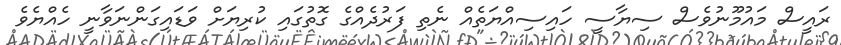
ރައީސް މައުމޫނުވެސް ސިޔާސީ ހައިސިއްޔަތެއް ނެތި ފަރުދެއްގެ ގޮތުގައި ކުރިޔަށް ވަޑައިގަންނަވާނީ ހެއްޔެވެ